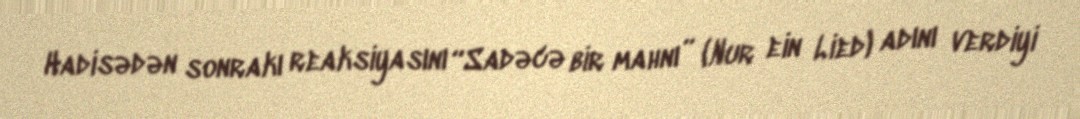
Hadisədən sonrakı reaksiyasını “Sadəcə bir mahnı” (Nur ein Lied) adını verdiyi